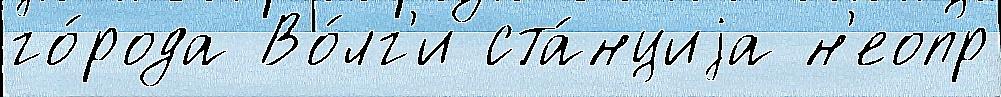
го́рода Во́лг'и ста́нциjа н'еопр